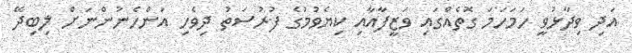
އަދި ވިދާޅުވީ ހަމަހަމަ ގޮތެއްގައި ވަޒީފާއާއި ކިޔެވުމުގެ ފުރުސަތު ދިވެހި އަންހެނުންނަށް ލިބިދޭ